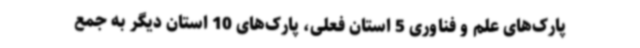
پارک‌های علم و فناوری 5 استان فعلی، پارک‌های 10 استان دیگر به جمع